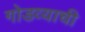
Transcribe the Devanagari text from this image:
गोडव्याची